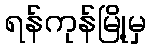
ရန်ကုန်မြို့မှ